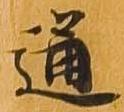
通